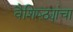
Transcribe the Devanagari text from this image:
वैशिष्ठ्यांचा